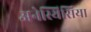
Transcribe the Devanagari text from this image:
अनेस्थिसिया